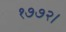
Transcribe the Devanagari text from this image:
१७७२।